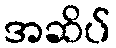
အဆိပ်